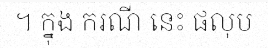
។ ក្នុង ករណី នេះ ផលុប